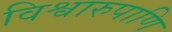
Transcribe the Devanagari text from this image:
विश्वारुपाणि